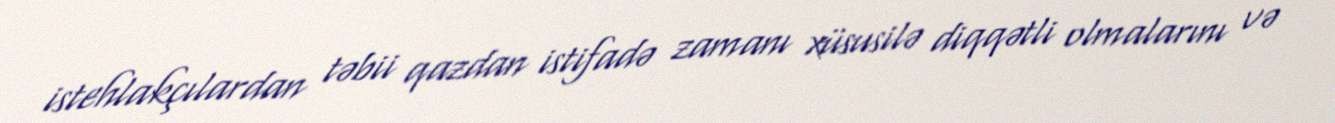
istehlakçılardan təbii qazdan istifadə zamanı xüsusilə diqqətli olmalarını və